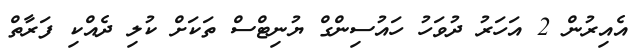
އެއިރުން 2 އަހަރު ދުވަހު ހައުސިންގް ޔުނިޓްސް ތަކަށް ކުލި ދެއްކި ފަރާތް